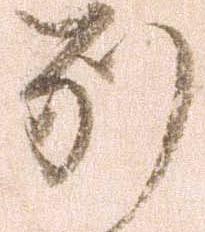
別